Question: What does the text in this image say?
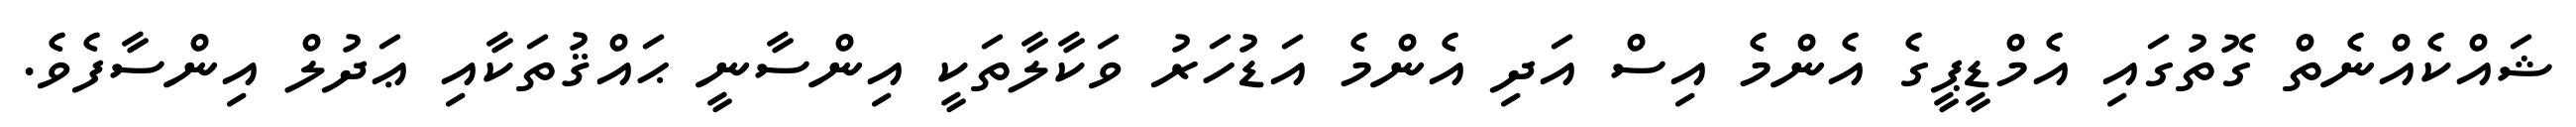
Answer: ޝައްކެއްނެތް ގޮތުގައި އެމްޑީޕީގެ އެންމެ އިސް އަދި އެންމެ އަޑުހަރު ވަކާލާތަކީ އިންސާނީ ޙައްޤުތަކާއި ޢަދުލް އިންސާފެވެ.